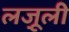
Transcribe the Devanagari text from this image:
लजू़ली